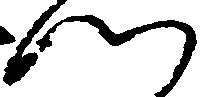
門